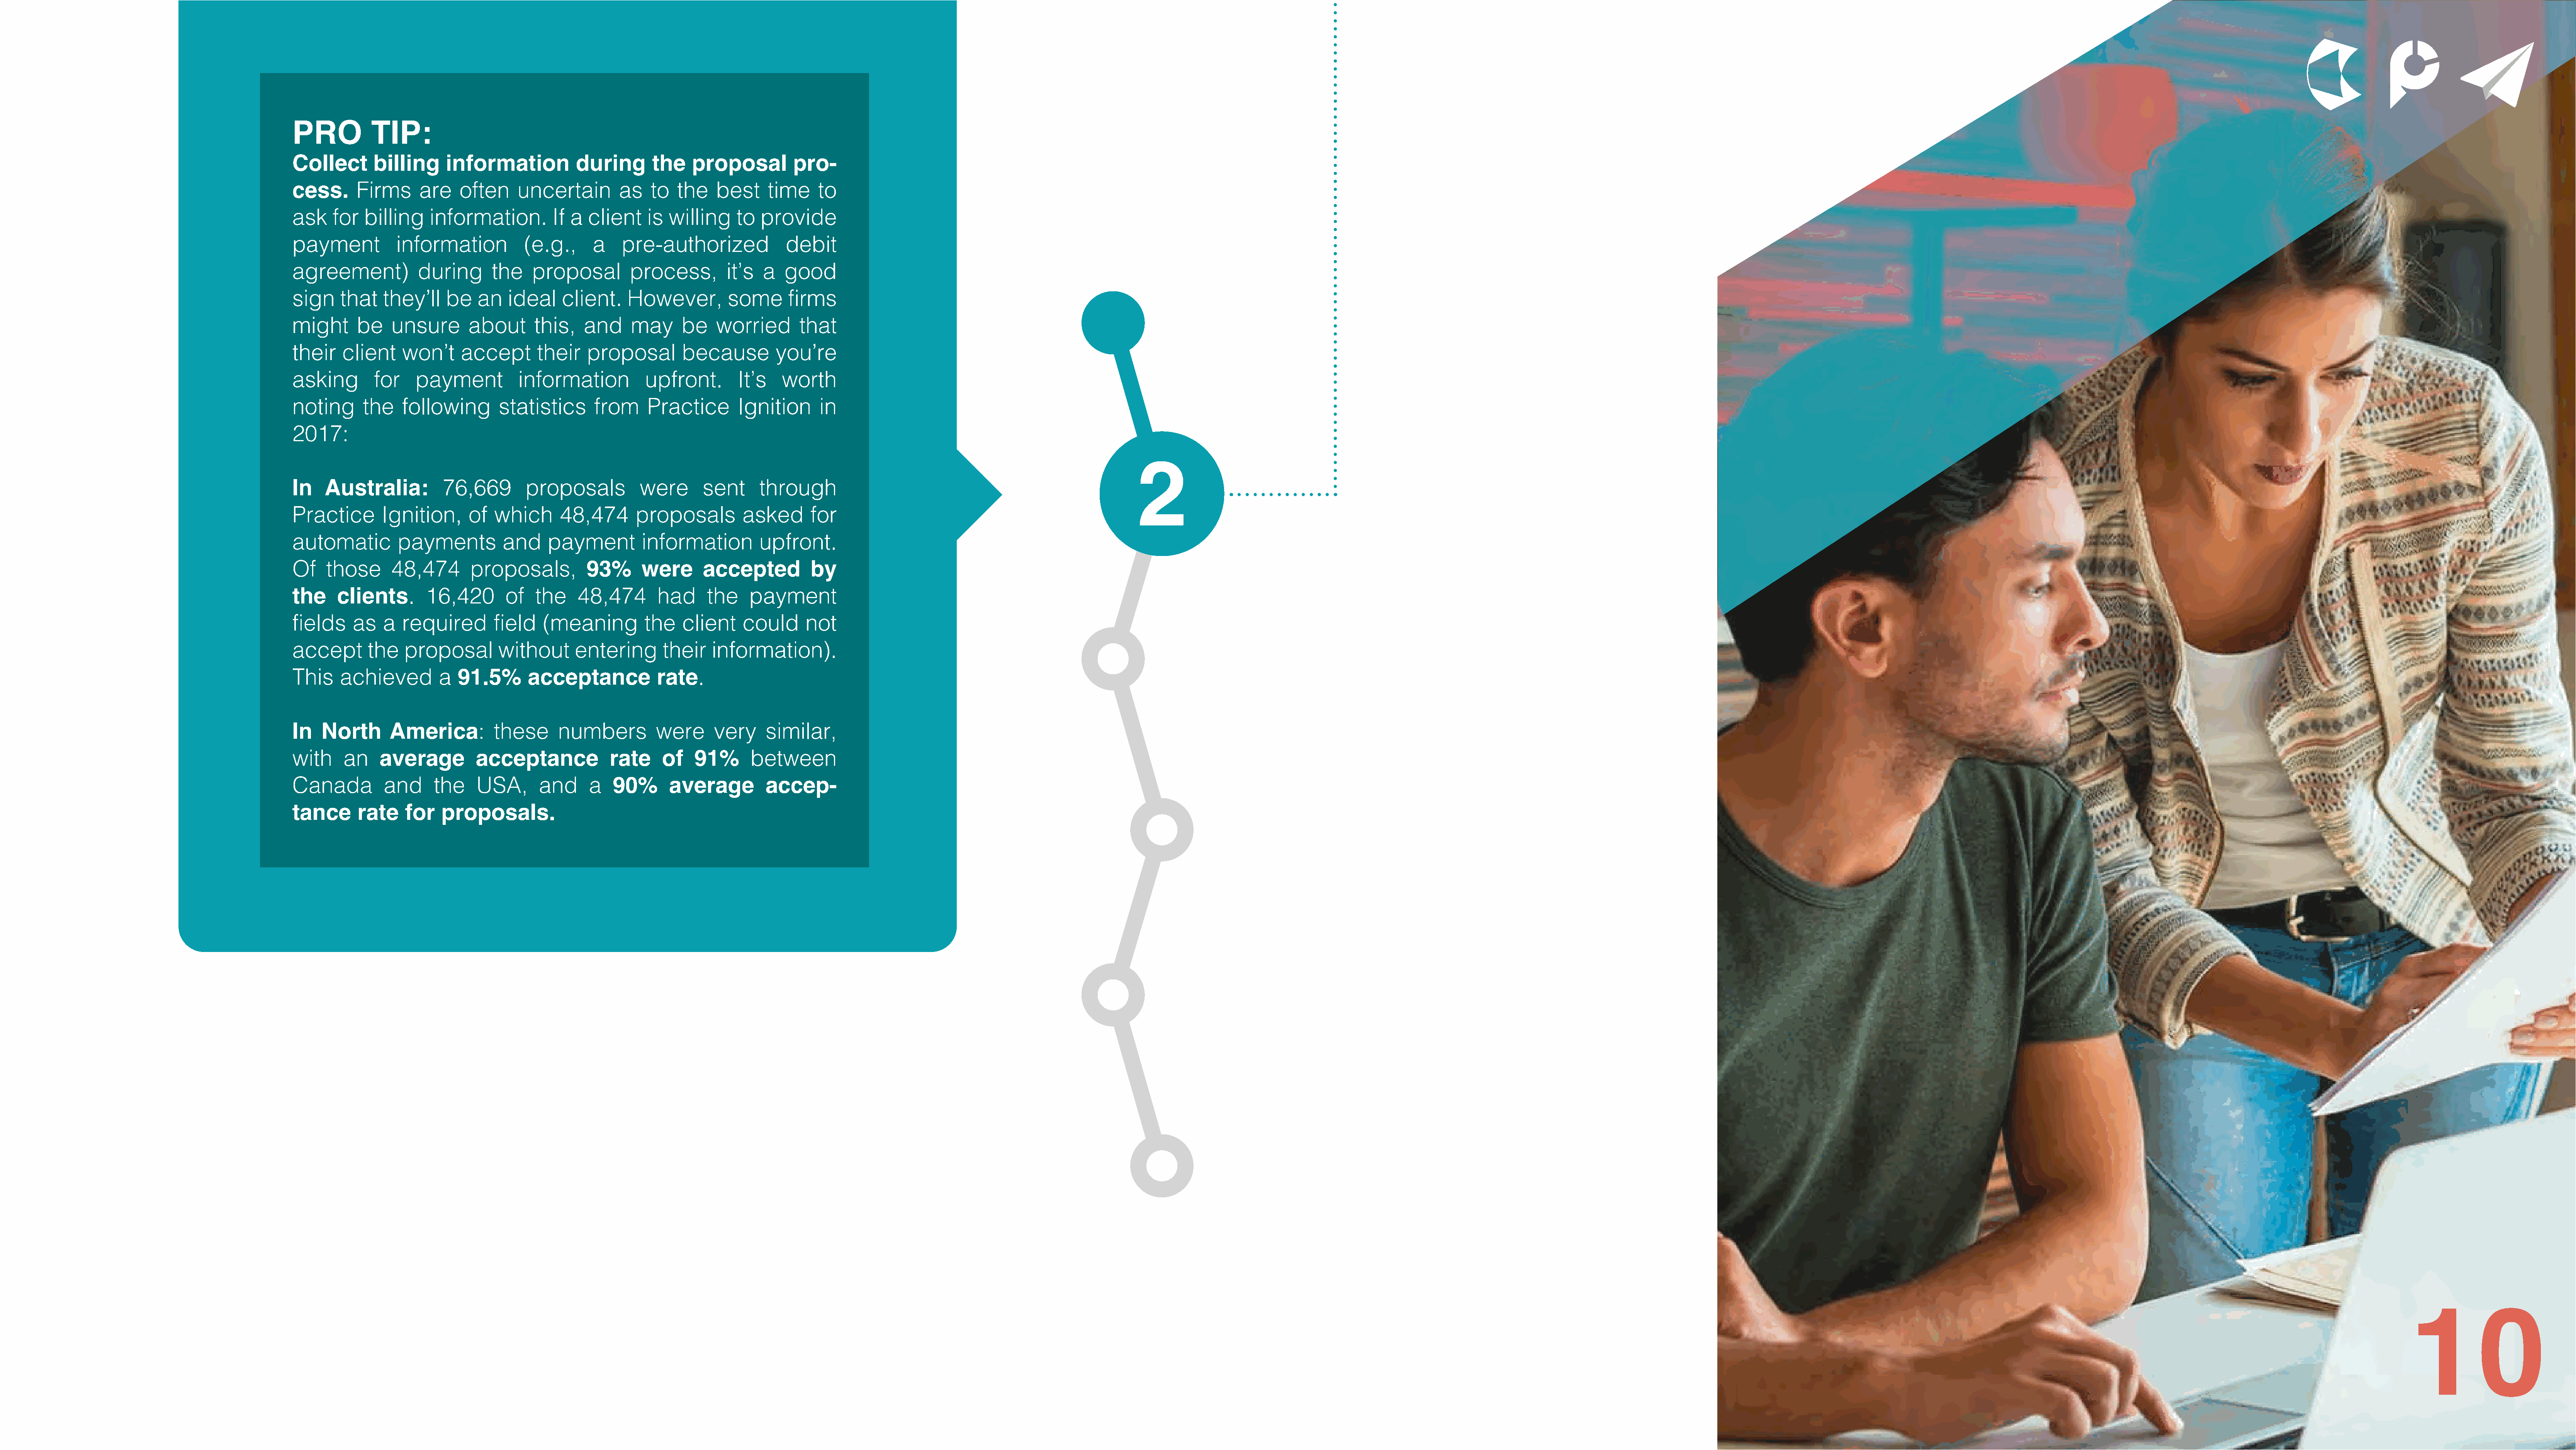
PRO           TIP:
 Collect       billing     information            during       the    proposal         pro-
 cess.      Firms      are    often     uncertain        as   to   the    best     time    to
 ask    for  billing     information.         If a  client    is  willing    to  provide
 payment           information           (e.g.,      a    pre-authorized              debit
 agreement)            during      the    proposal         process,        it’s   a  good
 sign    that    they’ll   be    an   ideal    client.     However,         some      firms
 might      be    unsure       about       this,   and     may      be    worried       that
 their    client    won’t     accept       their    proposal        because         you’re
 asking        for    payment           information           upfront.       It’s    worth
 noting      the    following       statistics       from     Practice       Ignition      in
 2017:
 2
 In    Australia:          76,669        proposals           were      sent      through
 Practice       Ignition,      of   which      48,474       proposals         asked       for
 automatic         payments          and     payment         information         upfront.
 Of    those      48,474        proposals,          93%      were      accepted           by
 the     clients.       16,420        of   the    48,474        had     the    payment
 fields    as    a  required        field   (meaning         the    client    could      not
 accept       the   proposal        without       entering       their   information).
 This    achieved         a  91.5%       acceptance             rate.
 In   North       America:          these      numbers         were      very     similar,
 with     an    average          acceptance            rate     of    91%       between
 Canada          and     the     USA,      and      a   90%       average         accep-
 tance      rate    for    proposals.
 10